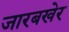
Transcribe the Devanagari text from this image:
जारबखेर